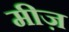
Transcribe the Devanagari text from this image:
मीज़